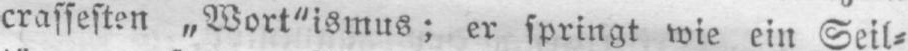
crassesten „Wort“ismus; er springt wie ein Seil⸗